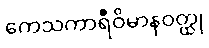
ကေသကာရီဝိမာနဝတ္ထု